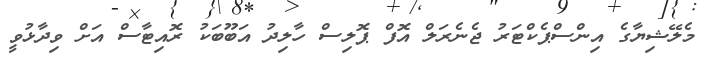
މެލޭޝިޔާގެ އިންސްޕެކްޓަރު ޖެނެރަލް އޮފް ޕޮލިސް ހާލިދު އަބޫބަކު ރޮއިޓާސް އަށް ވިދާޅުވީ